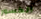
الكسور